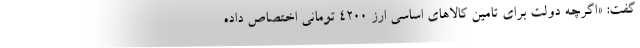
گفت: «اگرچه دولت برای تامین کالاهای اساسی ارز ۴۲۰۰ تومانی اختصاص داده